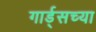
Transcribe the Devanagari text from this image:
गार्ड्‌सच्या